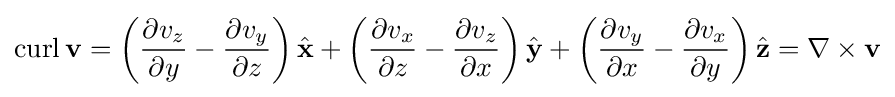
\operatorname {curl} \mathbf {v} =\left({\partial v_{z} \over \partial y}-{\partial v_{y} \over \partial z}\right){\hat {\mathbf {x} }}+\left({\partial v_{x} \over \partial z}-{\partial v_{z} \over \partial x}\right){\hat {\mathbf {y} }}+\left({\partial v_{y} \over \partial x}-{\partial v_{x} \over \partial y}\right){\hat {\mathbf {z} }}=\nabla \times \mathbf {v}